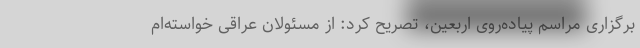
برگزاری مراسم پیاده‌روی اربعین، تصریح کرد: از مسئولان عراقی خواسته‌ام